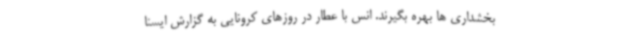
بخشداری ها بهره بگیرند. انس با عطار در روزهای کرونایی به گزارش ایسنا